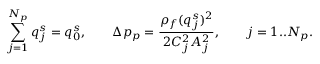
\sum _ { j = 1 } ^ { N _ { p } } q _ { j } ^ { s } = q _ { 0 } ^ { s } , \qquad \Delta p _ { p } = \frac { \rho _ { f } ( q _ { j } ^ { s } ) ^ { 2 } } { 2 C _ { j } ^ { 2 } A _ { j } ^ { 2 } } , \qquad j = 1 . . N _ { p } .